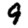
Digit: 9